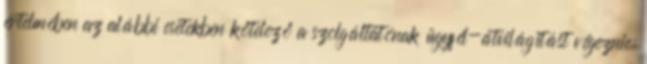
értelmében az alábbi esetekben kötelező a szolgáltatónak ügyfél-átvilágítást végeznie: